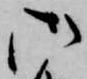
御